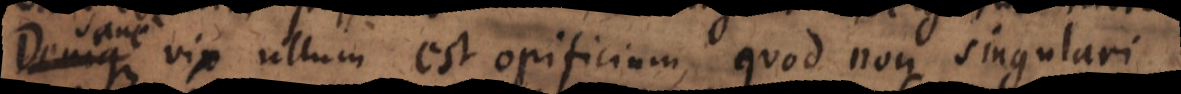
Sane vix ullum est opificium, quod non singulari